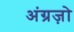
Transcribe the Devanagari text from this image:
अंग्रज़ो